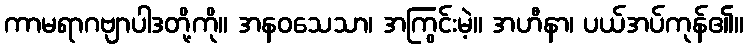
ကာမရာဂဗျာပါဒတို့ကို။ အနဝသေသာ၊ အကြွင်းမဲ့။ အဟီနာ၊ ပယ်အပ်ကုန်၏။